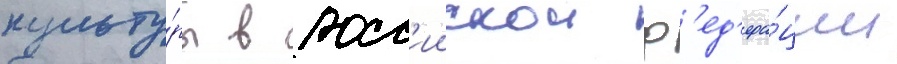
культу́ры в росс'иискои ф'ед'ера́ции